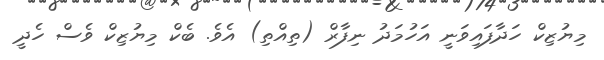
މިޔުޒިކް ހަދާފައިވަނީ އަހުމަދު ނިފާރް (ތިއްތި) އެވެ. ބެކް މިޔުޒިކް ވެސް ހެދީ